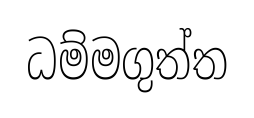
ධම්මගුත්ත